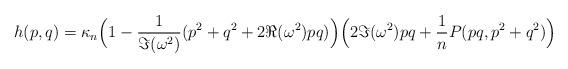
LaTeX: \begin{align*}h(p,q)=\kappa_n\Big(1-\frac{1}{{\Im(\omega^2)}} (p^2+ q^2+ 2 \Re(\omega^2) p q)\Big) \Big(2\Im(\omega^2) pq+ \frac{1}{n}P(pq,p^2+q^2)\Big)\end{align*}